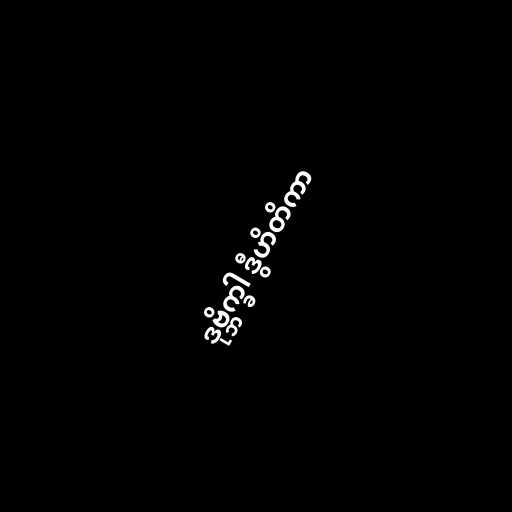
ဒုဗ္ဘိက္ခါ ဒွီဟိတိကာ